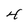
Character: 4